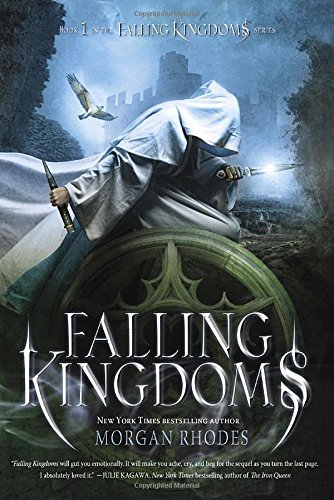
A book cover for Falling Kingdoms: A Falling Kingdoms Novel; Morgan Rhodes; Teen & Young Adult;